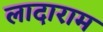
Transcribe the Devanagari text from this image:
लादाराम